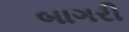
બાગરી